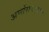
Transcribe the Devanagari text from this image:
अर्णोराजद्वारा